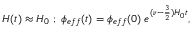
H ( t ) \approx H _ { 0 } \; ; \; \phi _ { e f f } ( t ) = \phi _ { e f f } ( 0 ) \; e ^ { ( \nu - \frac { 3 } { 2 } ) H _ { 0 } t } ,